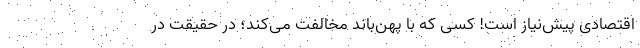
اقتصادی پیش‌نیاز است! کسی که با پهن‌باند مخالفت می‌کند؛ در حقیقت در